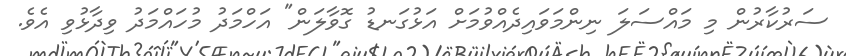
ސަރުކާރުން މި މައްސަލަ ނިންމަވައިދެއްވުމަށް އަޅުގަނޑު ގޮވާލަން" އަހްމަދު މުހައްމަދު ވިދާޅުވި އެވެ.